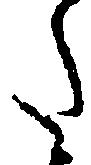
た